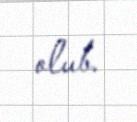
olub.